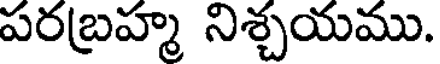
పరబ్రహ్మ నిశ్చయము.